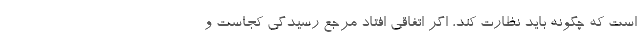
است که چگونه باید نظارت کند، اگر اتفاقی افتاد مرجع رسیدگی کجاست و